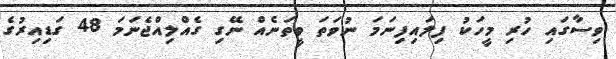
ވިސާގައި ހުރި މީހަކު ފިލައިފިނަމަ ނުވަތަ ވީތަނެއް ނޭގި ގެއްލިއްޖެނަމަ 48 ގަޑިއިރުގެ